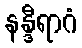
နန္ဒီရာဂံ